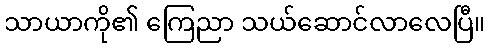
သာယာကို၏ ကြေညာ သယ်ဆောင်လာလေပြီ။